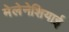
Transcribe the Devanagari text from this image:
मेलेनेशियाई